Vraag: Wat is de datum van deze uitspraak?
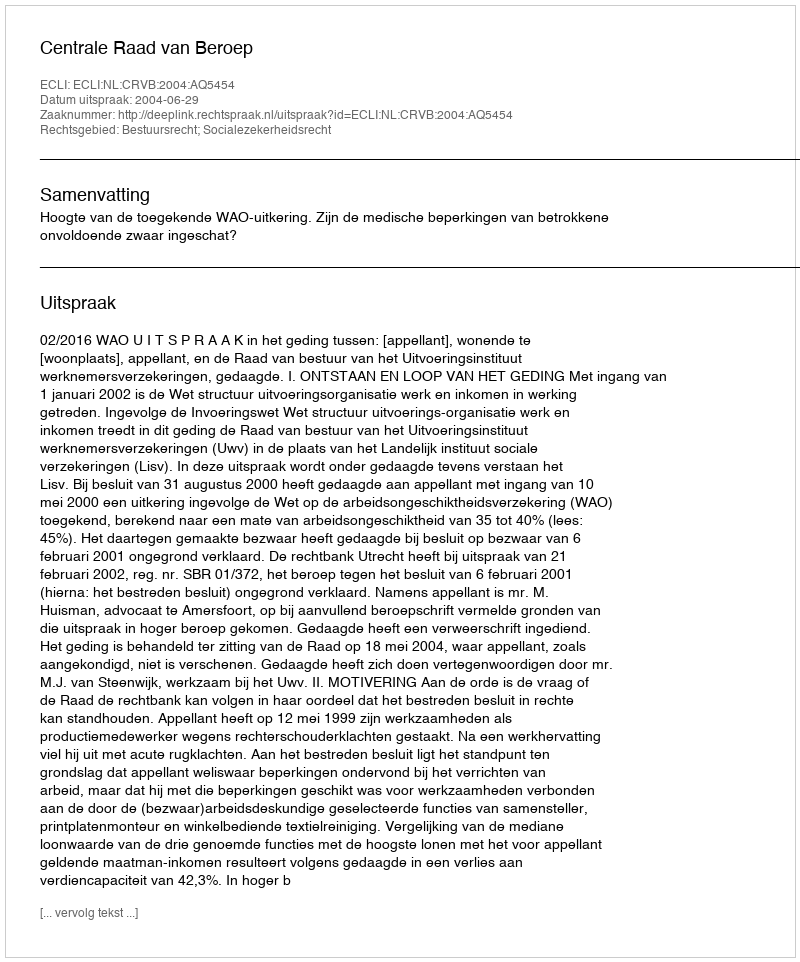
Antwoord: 2004-06-29